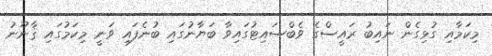
މިކަމާއި ގުޅިގެން ނައިބު ރައީސްގެ ވެބްސައިޓުގައިވާ ބަޔާނުގައި ބުނެފައި ވަނީ މިކަމުގައި ޤާނޫނު